Indian journal of veterinary science and animal husbandry - Volume 3,
Year: 1933
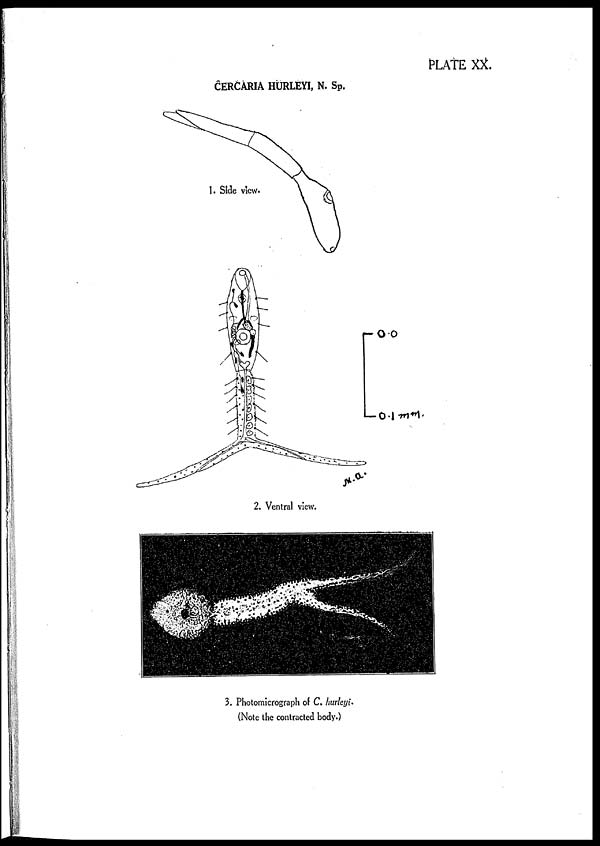
PLATE XX.
CERCARIA HURLEYI, N. Sp.
1. Side view.
2. Ventral view.
3. Photomicrograph of C. hurleyi
(Note the contracted body.)